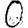
Digit: 0